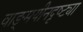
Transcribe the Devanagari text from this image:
वाङ्‌मयीनदृष्ट्या